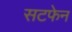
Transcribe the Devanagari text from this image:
सटफेन